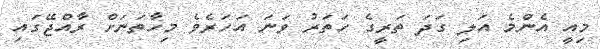
މިއީ އެންމެ އަލި ގަދަ ތަރީގެ ހަތަރު ވަނަ އަހަރެވެ މިހާތަނަށް ރާއްޖޭގައި